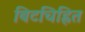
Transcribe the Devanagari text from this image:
बिटचिह्नित